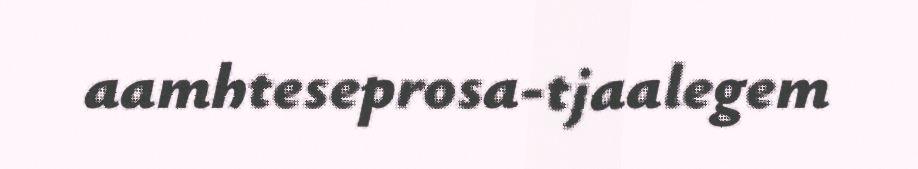
aamhteseprosa-tjaalegem